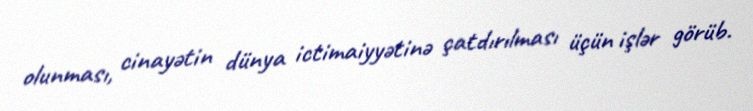
olunması, cinayətin dünya ictimaiyyətinə çatdırılması üçün işlər görüb.